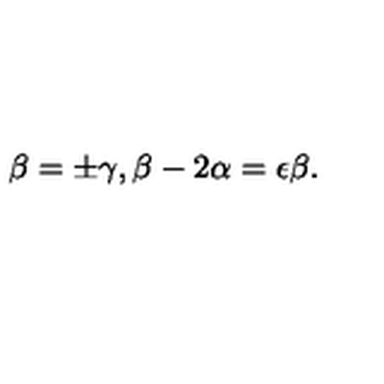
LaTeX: \beta = \pm \gamma , \beta - 2 \alpha = \epsilon \beta .